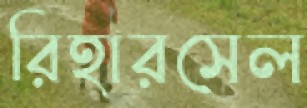
রিহারসেল